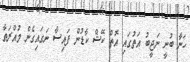
ހަނާ ބުނީ ނަޖީބު އަތުގައި އޮތް ކޭޝް ކާޑުން ފައިސާ ނަގައިގެން މުއްރަތާ